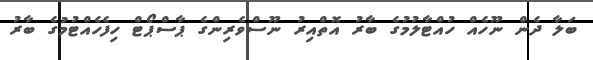
ބަލާ ދެން ނޫހެއް ހުއްޓާލުމުގެ ބާރު އޮތްއިރު ނޫސްވެރިންގެ ޕާސްޕޯޓް ހިފެހެއްޓުމުގެ ބާރު